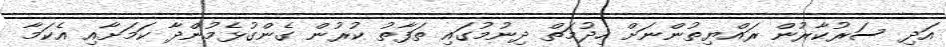
އަދި ސަރުކާރުން ރައްޔިތުންނަށް ހިދުމަތް ދިނުމުގައި ތަފާތު ކުރުން ގެންގުޅެމުންދާ ކަމަށާއި އެކަމާ